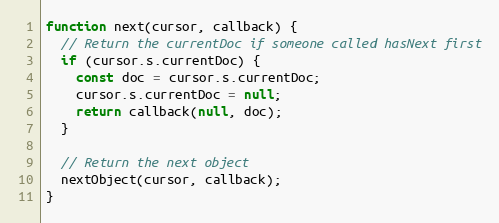
Language: JavaScript
function next(cursor, callback) {
  // Return the currentDoc if someone called hasNext first
  if (cursor.s.currentDoc) {
    const doc = cursor.s.currentDoc;
    cursor.s.currentDoc = null;
    return callback(null, doc);
  }

  // Return the next object
  nextObject(cursor, callback);
}